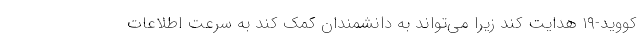
کووید-۱۹ هدایت کند زیرا می‌تواند به دانشمندان کمک کند به سرعت اطلاعات